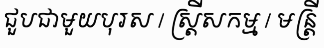
ជួបជាមួយបុរស / ស្ត្រីសកម្ម / មន្ត្រី